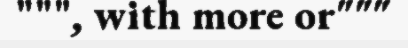
""", with more or"""